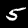
Label: 5